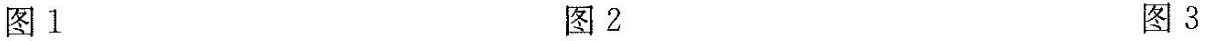
图1图2图3